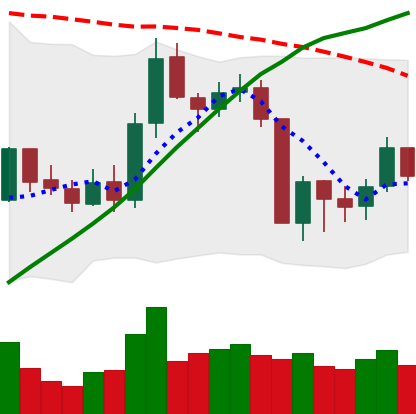
Ticker: BNB-USD
Chart end date: 2019-08-20
Forward return: -7.227%
Label: down_7plus